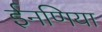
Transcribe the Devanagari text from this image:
ईनणिया